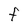
Character: F